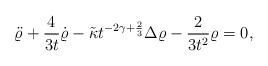
LaTeX: \begin{align*}\ddot{\varrho}+ \frac{4}{3t}\dot{\varrho}-\tilde{\kappa}t^{-2\gamma+\frac{2}{3}}\Delta\varrho- \frac{2}{3 t^2}\varrho=0,\\\end{align*}